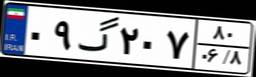
۰۹گ۲۰۷۸۰